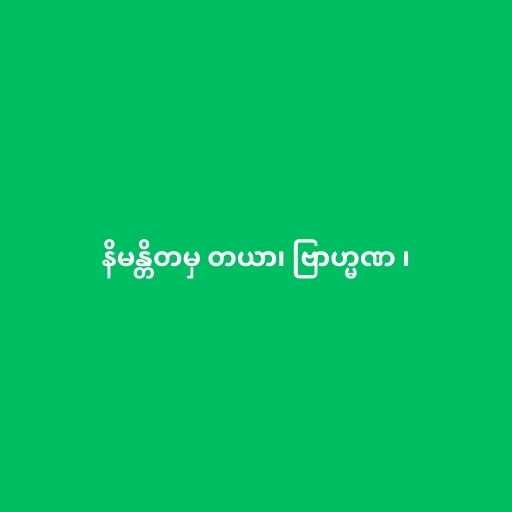
နိမန္တိတမှ တယာ၊ ဗြာဟ္မဏ ၊